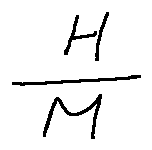
\frac { H } { M }